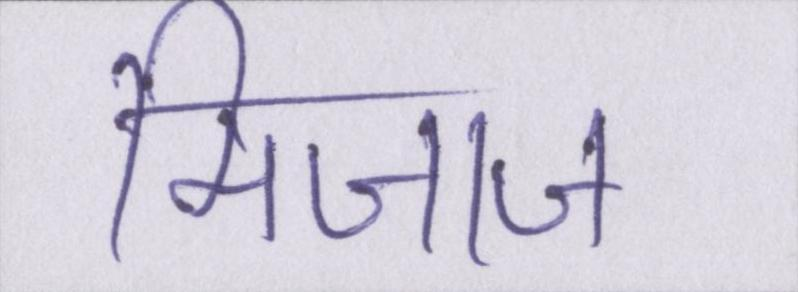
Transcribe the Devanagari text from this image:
मिजाज